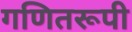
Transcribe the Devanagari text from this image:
गणितरूपी